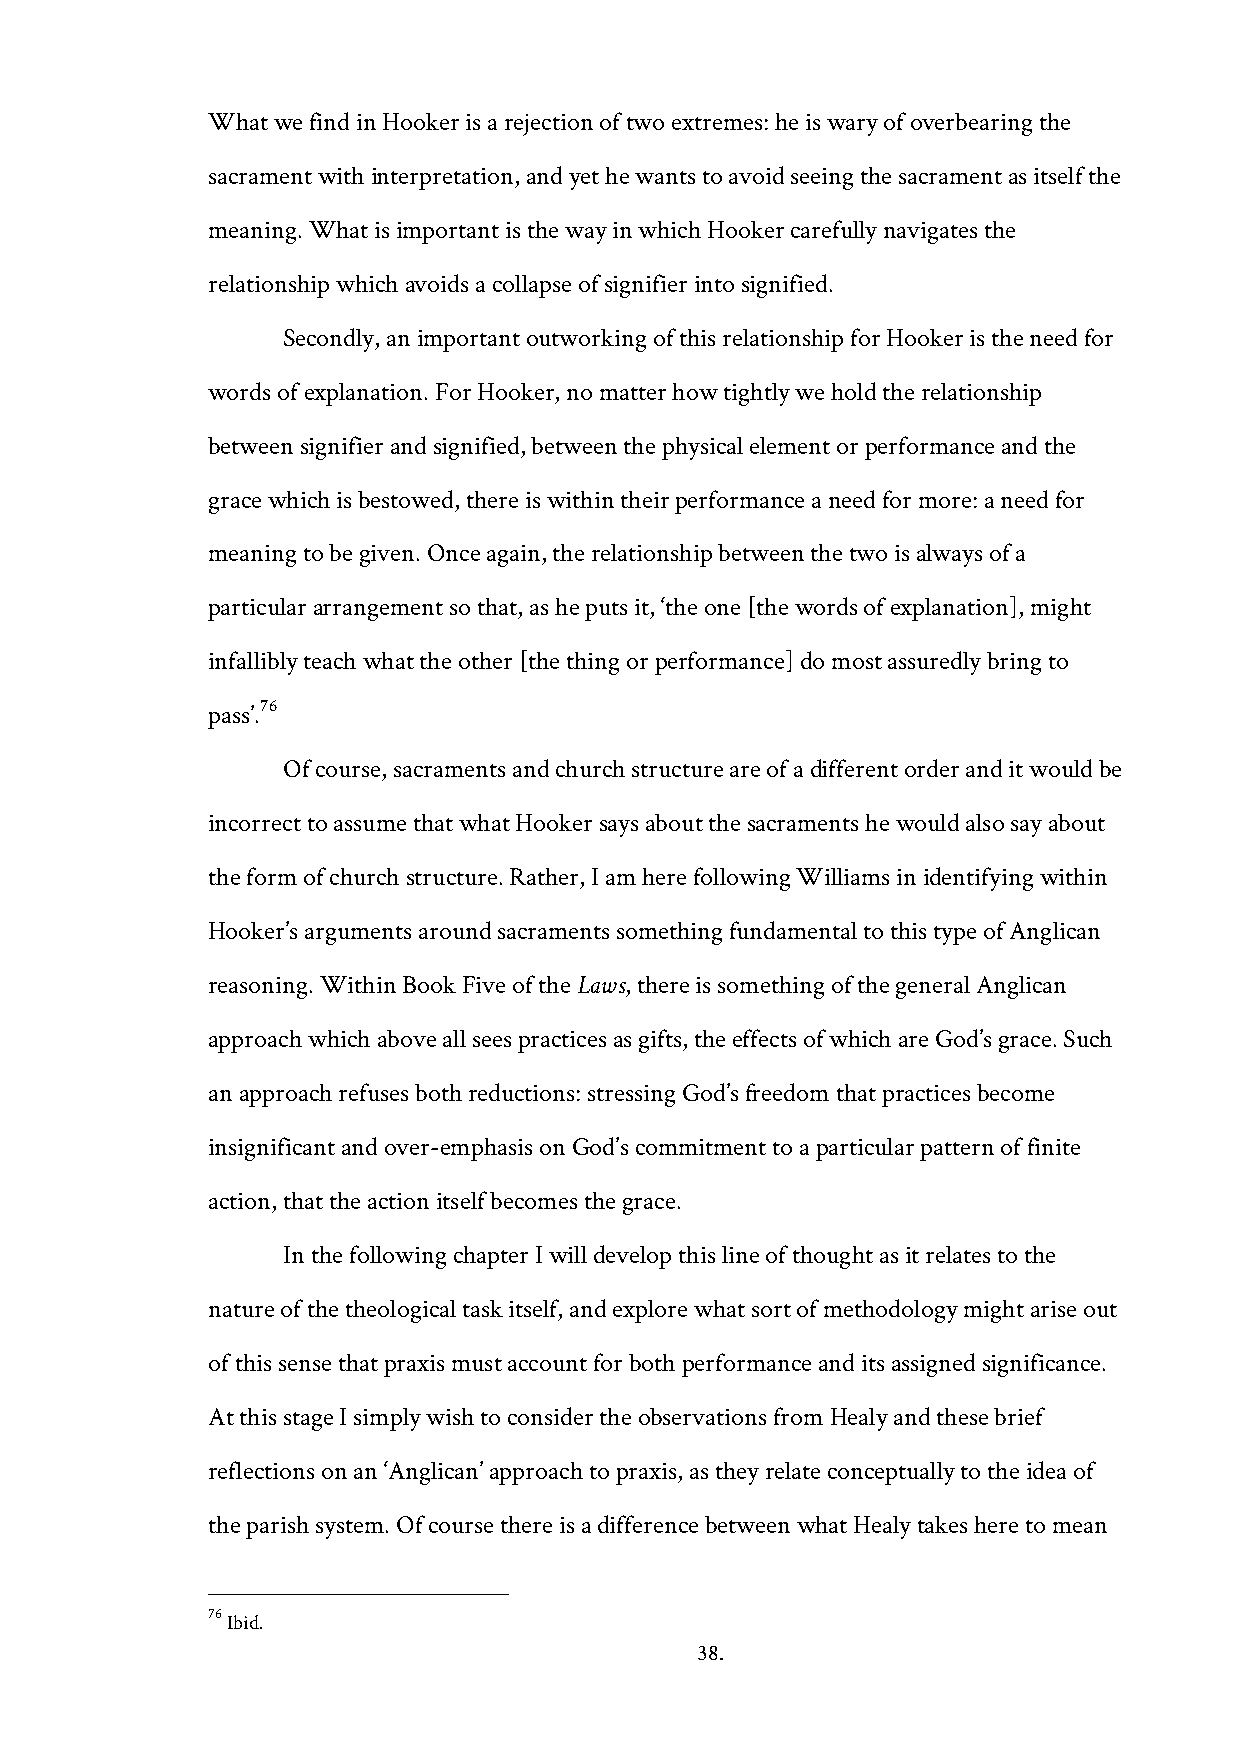
What we find in Hooker is a rejection of two extremes: he is wary of overbearing the
 sacrament with interpretation, and yet he wants to avoid seeing the sacrament as itself the
 meaning. What is important is the way in which Hooker carefully navigates the
 relationship which avoids a collapse of signifier into signified.
 Secondly, an important outworking of this relationship for Hooker is the need for
 words of explanation. For Hooker, no matter how tightly we hold the relationship
 between signifier and signified, between the physical element or performance and the
 grace which is bestowed, there is within their performance a need for more: a need for
 meaning to be given. Once again, the relationship between the two is always of a
 particular arrangement so that, as he puts it, ‘the one [the words of explanation], might
 infallibly teach what the other [the thing or performance] do most assuredly bring to
 76
 pass’.
 Of course, sacraments and church structure are of a different order and it would be
 incorrect to assume that what Hooker says about the sacraments he would also say about
 the form of church structure. Rather, I am here following Williams in identifying within
 Hooker’s arguments around sacraments something fundamental to this type of Anglican
 reasoning. Within Book Five of the Laws, there is something of the general Anglican
 approach which above all sees practices as gifts, the effects of which are God’s grace. Such
 an approach refuses both reductions: stressing God’s freedom that practices become
 insignificant and over-emphasis on God’s commitment to a particular pattern of finite
 action, that the action itself becomes the grace.
 In the following chapter I will develop this line of thought as it relates to the
 nature of the theological task itself, and explore what sort of methodology might arise out
 of this sense that praxis must account for both performance and its assigned significance.
 At this stage I simply wish to consider the observations from Healy and these brief
 reflections on an ‘Anglican’ approach to praxis, as they relate conceptually to the idea of
 the parish system. Of course there is a difference between what Healy takes here to mean
 76 Ibid.
 38.